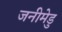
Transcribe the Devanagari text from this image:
जनीमेडु